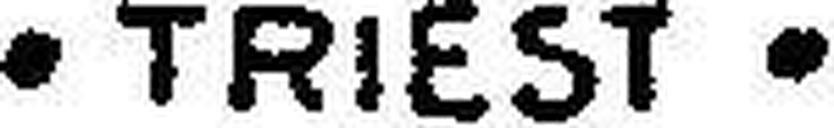
· TRIEST ·